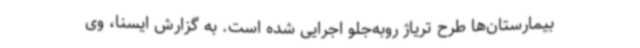
بیمارستان‌ها طرح تریاژ روبه‌جلو اجرایی شده است. به گزارش ایسنا، وی